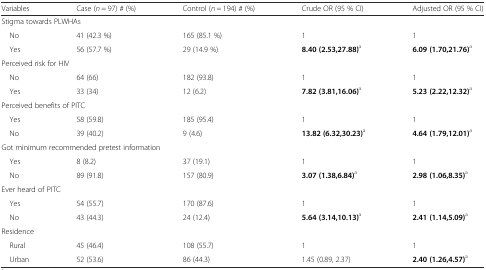
<table><thead><tr><td><b>Variables</b></td><td><b>Case (<i>n</i> = 97) # (%)</b></td><td><b>Control (<i>n</i> = 194) # (%)</b></td><td><b>Crude OR (95 % CI)</b></td><td><b>Adjusted OR (95 % CI)</b></td></tr></thead><tbody><tr><td colspan="5">Stigma towards PLWHAs</td></tr><tr><td> No</td><td>41 (42.3 %)</td><td>165 (85.1 %)</td><td>1</td><td>1</td></tr><tr><td> Yes</td><td>56 (57.7 %)</td><td>29 (14.9 %)</td><td><b>8.40 (2.53,27.88)</b><sup>a</sup></td><td><b>6.09 (1.70,21.76)</b><sup>a</sup></td></tr><tr><td colspan="5">Perceived risk for HIV</td></tr><tr><td> No</td><td>64 (66)</td><td>182 (93.8)</td><td>1</td><td>1</td></tr><tr><td> Yes</td><td>33 (34)</td><td>12 (6.2)</td><td><b>7.82 (3.81,16.06)</b><sup>a</sup></td><td><b>5.23 (2.22,12.32)</b><sup>a</sup></td></tr><tr><td colspan="5">Perceived benefits of PITC</td></tr><tr><td> Yes</td><td>58 (59.8)</td><td>185 (95.4)</td><td>1</td><td>1</td></tr><tr><td> No</td><td>39 (40.2)</td><td>9 (4.6)</td><td><b>13.82 (6.32,30.23)</b><sup>a</sup></td><td><b>4.64 (1.79,12.01)</b><sup>a</sup></td></tr><tr><td colspan="5">Got minimum recommended pretest information</td></tr><tr><td> Yes</td><td>8 (8.2)</td><td>37 (19.1)</td><td>1</td><td>1</td></tr><tr><td> No</td><td>89 (91.8)</td><td>157 (80.9)</td><td><b>3.07 (1.38,6.84)</b><sup>a</sup></td><td><b>2.98 (1.06,8.35)</b><sup>a</sup></td></tr><tr><td colspan="5">Ever heard of PITC</td></tr><tr><td> Yes</td><td>54 (55.7)</td><td>170 (87.6)</td><td>1</td><td>1</td></tr><tr><td> No</td><td>43 (44.3)</td><td>24 (12.4)</td><td><b>5.64 (3.14,10.13)</b><sup>a</sup></td><td><b>2.41 (1.14,5.09)</b><sup>a</sup></td></tr><tr><td colspan="5">Residence</td></tr><tr><td> Rural</td><td>45 (46.4)</td><td>108 (55.7)</td><td>1</td><td>1</td></tr><tr><td> Urban</td><td>52 (53.6)</td><td>86 (44.3)</td><td>1.45 (0.89, 2.37)</td><td><b>2.40 (1.26,4.57)</b><sup>a</sup></td></tr></tbody></table>